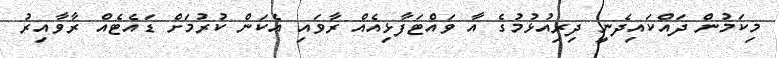
މިކަމުން ދައްކައިދެނީ ދިރިއުޅުމުގެ އާ ވައްޓަފާޅިއެއް ރާވައި އެކަން ކުރުމަށް ޑައެޓެއް ރާވާއިރު